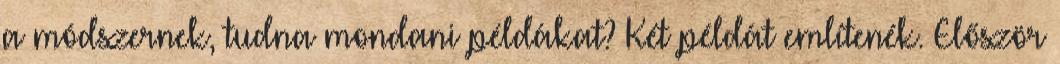
a módszernek, tudna mondani példákat? Két példát említenék. Először